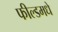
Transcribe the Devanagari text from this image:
फील्डमधे